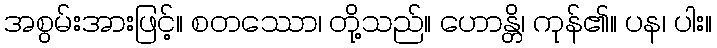
အစွမ်းအားဖြင့်။ စတဿော၊ တို့သည်။ ဟောန္တိ၊ ကုန်၏။ ပန၊ ပါး။